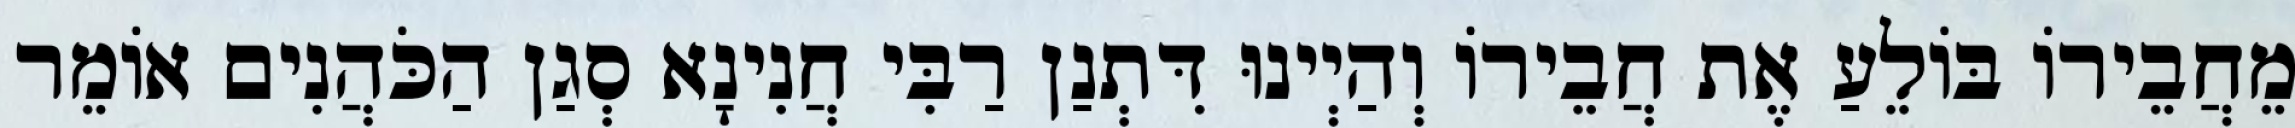
מֵחֲבֵירוֹ בּוֹלֵעַ אֶת חֲבֵירוֹ וְהַיְינוּ דִּתְנַן רַבִּי חֲנִינָא סְגַן הַכֹּהֲנִים אוֹמֵר